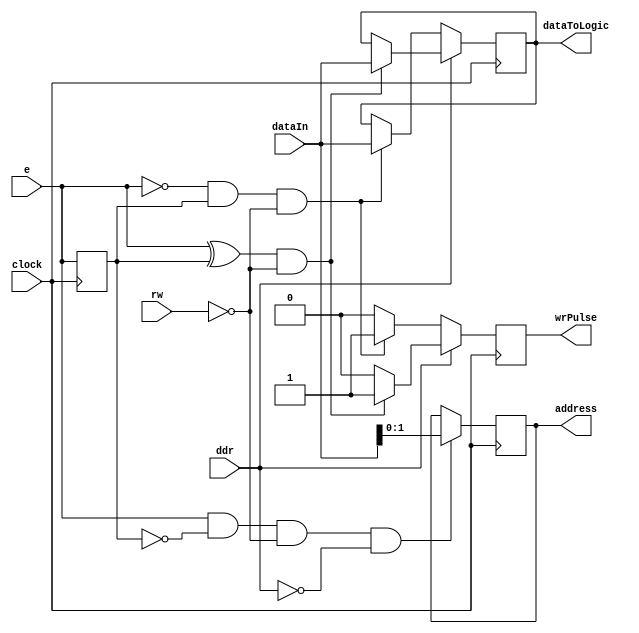
`timescale 1ns / 1ps
////////////////////////////////////////////////////////////////////////////////
// Company:
//
// Design Name:
// Module Name:    ucif
// Project Name:   Bitband
// Target Devices: XC6SLX9-TQG144
// Tool versions:  Xilinx ISE Webpack 14.7 (any supporting the Xc6SLX9)
// Description:    Microcontroller Interface (C-IF => ucif)
//
// License:
// --------
// Copyright 2021  Ren Trapp (rene [dot] trapp (-at-) web [dot] de)
//
// This program is free software: you can redistribute it and/or modify
// it under the terms of the GNU General Public License as published by
// the Free Software Foundation, either version 3 of the License, or
// (at your option) any later version.
//
// This program is distributed in the hope that it will be useful,
// but WITHOUT ANY WARRANTY; without even the implied warranty of
// MERCHANTABILITY or FITNESS FOR A PARTICULAR PURPOSE.  See the
// GNU General Public License for more details.
//
// You should have received a copy of the GNU General Public License
// along with this program.  If not, see <https://www.gnu.org/licenses/>.
//
// Additional Comments:
// --------------------
//
// Cycle Catalogue:
// ----------------
//                Set Address      WR Data        RD DATA
//                                                _______  
// rw             ___________    ___________    _/       \_
//                      _____    _____          __       __
// e              _____/              \_____    __*******__
//                    ___            ___                   
// data[7:0] C   ---<___>---    ---<___>---    -----------
//                     :              :           _______  
// data[7:0] FPGA -----------    -----------    -<_______>-
//                _____:_____    ___________    ___________
// address        _____X_____    ___________    ___________
//                ___________    _____:_____    ___________
// dataIn[7:0]    ___________    _____X_____    ___________
//                                     _
// wr_data        ___________    _____/ \___    ___________
//
// While RW is '0' a rising edge on E latches an address, a falling edge latches
// data. While RW is '1' edges on E are ignored.
//
//
// Double Data Rate Cycle Catalogue:
// ---------------------------------
//                  WR Data        WR Data
//
// rw             ___________    ___________
//                      _____    _____      
// e              _____/              \_____
//                    ___            ___    
// data[7:0] C   ---<___>---    ---<___>---
//                _____:_____    _____:_____
// dataIn[7:0]    _____X_____    _____X_____
//                     _              _
// wr_data        ____/ \____    ____/ \____
//
// Any edge on E latches data while RW is '0'.
//
//
// Basic Cyle Combinations:
// ------------------------
//                   Register WR          Register RD        Register RD + WR
//                                                ____             ___
// rw             _________________    __________/    \_    ______/   \______
//                      _______              _______            _________
// e              _____/       \___    _____/       \___    ___/         \___
//                  ____ ________        ____                 ___       ___
// data[7:0] C   -<____X________>-    -<____>----------    -<___>-----<___>-
//                      :      :            :     ____         :   ___     :
// data[7:0] FPGA -----------------    ----------<____>-    ------<___>------
//                ______:__________    _____:___________    ___:_____________
// address        ______X__________    _____X___________    ___X_____________
//                _____________:___    _________________    _____________:___
// dataIn[7:0]    _____________X___    _________________    _____________X___
//                              _                                         _
// wr_data        _____________/ \_    _________________    _____________/ \_
//
//
// Advanced Cyle Combination (Example):
// ------------------------------------
//                   Sequential Random Register WR
//
// rw             ___________________________________
//                    ___     ___     ___     ___
// e              ___/   \___/   \___/   \___/   \___
//                  ___ ___ ___ ___ ___ ___ ___ ___
// data[7:0] C   -<___X___X___X___X___X___X___X___>-
//                   :   :   :   :   :   :   :   :
// data[7:0] FPGA -----------------------------------
//                ___:_______:_______:_______:_______
// address        ___X_______X_______X_______X_______
//                _______:_______:_______:_______:___
// dataIn[7:0]    _______X_______X_______X_______X___
//                        _       _       _       _
// wr_data        _______/ \_____/ \_____/ \_____/ \_
//
//
// Double Data Rate Write Access:
// ------------------------------
//
// rw             ___________________________________
//                    ___     ___     ___     ___
// e              ___/   \___/   \___/   \___/   \___
//                  ___ ___ ___ ___ ___ ___ ___ ___
// data[7:0] C   -<___X___X___X___X___X___X___X___>-
//                   :   :   :   :   :   :   :   :
// data[7:0] FPGA -----------------------------------
//                ___:___:___:___:___:___:___:___:___
// dataIn[7:0]    ___X___X___X___X___X___X___X___X___
//                    _   _   _   _   _   _   _   _
// wr_data        ___/ \_/ \_/ \_/ \_/ \_/ \_/ \_/ \_
//
//
// Timing Constraints (Clock = 50 MHz):
// ------------------------------------
//
// All figures are worst case, assuming one full clock loss. Best case is
// immediately in front of the next clock edge and thus 20 ns less. Still this
// estimation is conservative, the FPGA setup and hold times are less than
// my 20 ns assumption. Still with these figures any 20 MHz AVR should
// interface to the ucif.
//
//   Parameter    ! Symbol ! Min/ns !  Max/ns
// ---------------+--------+--------+---------
// Setup time     ! tsu    !  -20   ! infinite
// Hold time      ! th     !   60   ! infinite
// RW setup time  ! trw    !   20   ! infinite
// RW hold time   ! t1     !   20   ! infinite
// Response time  ! trsp   !    0   !    10
// Release time   ! trls   !    0   !    10
// Delay time     ! tdly   !   90   !    *)
// Pulse time     ! tp     !   40   ! infinite
//
// *) Maximum Delay time for addressed register data to arrive on the outputs
// depends on the inner structure of the register file and the pipelined logic.
// Currently assumed to take one additional clock after address arrives in
// dedicated register, add 20 ns per extra clock.
//
// Register WR:
// ------------
//                            _____________________
// e              ___________/                     \_____________________
//                           |<------- tp -------->|
//                           :                     :
// rw             _______________________________________________________
//                           :                     :
//                  __________________    __________________
// data[7:0] C   -<______Address_____XXXX_______Data_______>------------
//                 |<- tsu ->|<- th ->|  |<- tsu ->|<- th ->|
//
// Register RD:
// ------------
//                            _____________________
// e              ___________/                     \_____________________
//                           |<------- tp -------->|
//                           :           |<----- tp ------->|
//                           :            __________________
// rw             _______________________/         :        \____________
//                 |<- tsu ->|<- th ->|  |<- trw ->|<- t1 ->|
//                  __________________   :                  :
// data[7:0] C   -<______Address_____>----------------------------------
//                 |<- tsu ->|<- th ->|  :                  :
//                                       :           __________________
// data[7:0] FPGA ----------------------------------<___X____Data______>-
//                                       |<- trsp ->|   :   |<- trls ->|
//                           |<--------- tdly --------->|
//
// Failure in timing of RW pulse with respect to E pulse leads to unintended
// data written to the addressed location.
//
// An AVR could achieve 1 register access per 13 CPU clocks. This leads to
// roughly 4923 kbit/s (615 kByte/s) when running off 8 MHz. A sequence of 256
// register addresses could get written in one burst transfer from a buffer,
// taking approximately 416 s.
//
//
// DDR WR cycle:
// -------------
//                            _____________________
// e              ___________/                     \_____________________
//                           |<------- tp -------->|
//                           :                     :
// rw             _______________________________________________________
//                           :                     :
//                  __________________    __________________
// data[7:0] C   -<______Address_____XXXX_______Data_______>------------
//                 |<- tsu ->|<- th ->|  |<- tsu ->|<- th ->|
//
// An AVR could achieve 2 Bytes DDR transfer per 13 CPU clocks. This leads to
// roughly 9846 kbit/s (1230 kByte/s) when running off 8 MHz. A sequence of 512
// bytes could get written in one burst transfer from a buffer, taking
// approximately 416 s.
//
////////////////////////////////////////////////////////////////////////////////


module ucif
#(
   parameter   dataSize          = 8,
   parameter   addrSize          = 2
)
(
   input                         clock,
   input                         ddr,
   input                         rw,
   input                         e,
   input       [(dataSize-1):0]  dataIn,

   output reg  [(addrSize-1):0]  address = 0,
   output reg  [(dataSize-1):0]  dataToLogic = 0,
   output reg                    wrPulse = 0
);


   reg         e_old = 0;


   // For the edge detection
   always @(posedge clock)
      e_old <= e;


   // Set address
   always @(posedge clock)
      if (e & ~e_old & ~rw & ~ddr)
         address <= dataIn[(addrSize-1):0];


   // WR data
   always @(posedge clock)
   begin
      wrPulse <= 1'b0;
      if (~ddr)
      begin
         if (~e & e_old & ~rw)
         begin
            dataToLogic <= dataIn[(dataSize-1):0];
            wrPulse <= 1'b1;
         end
      end
      else
         if ((e ^ e_old) & ~rw)
         begin
            dataToLogic <= dataIn[(dataSize-1):0];
            wrPulse <= 1'b1;
         end
   end


endmodule